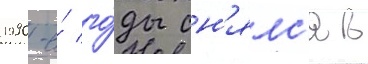
1990-е́ го́ды сн'ялс'я в